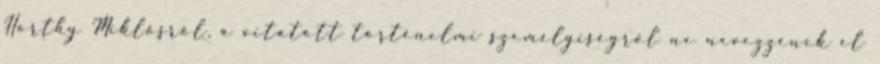
Horthy Miklósról, a vitatott történelmi személyiségről ne nevezzenek el